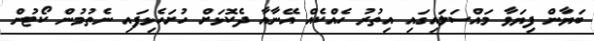
ބަޔާން ފިޔަވާ މައްސަލައިގައި އިތުރު ހެއްކެއް އޭނާއާ ދެކޮޅަށް ހުށަހެޅިފައި ނެތުމުން ކޯޓުން